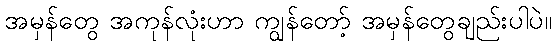
အမှန်တွေ အကုန်လုံးဟာ ကျွန်တော့် အမှန်တွေချည်းပါပဲ။